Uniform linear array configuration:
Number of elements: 16
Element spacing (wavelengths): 0.75
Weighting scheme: binomial
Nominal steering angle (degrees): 60
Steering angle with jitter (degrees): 58.237
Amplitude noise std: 0.05
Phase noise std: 0.05

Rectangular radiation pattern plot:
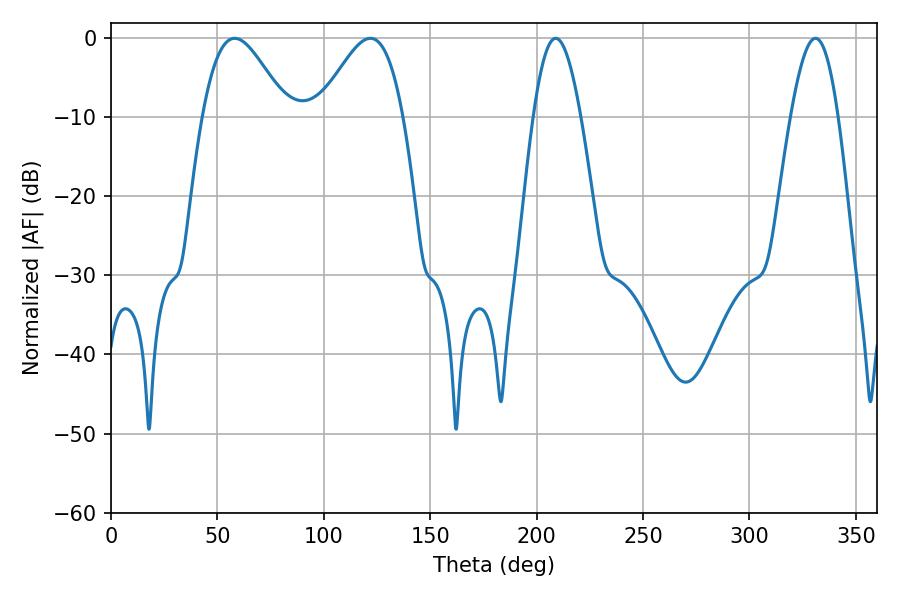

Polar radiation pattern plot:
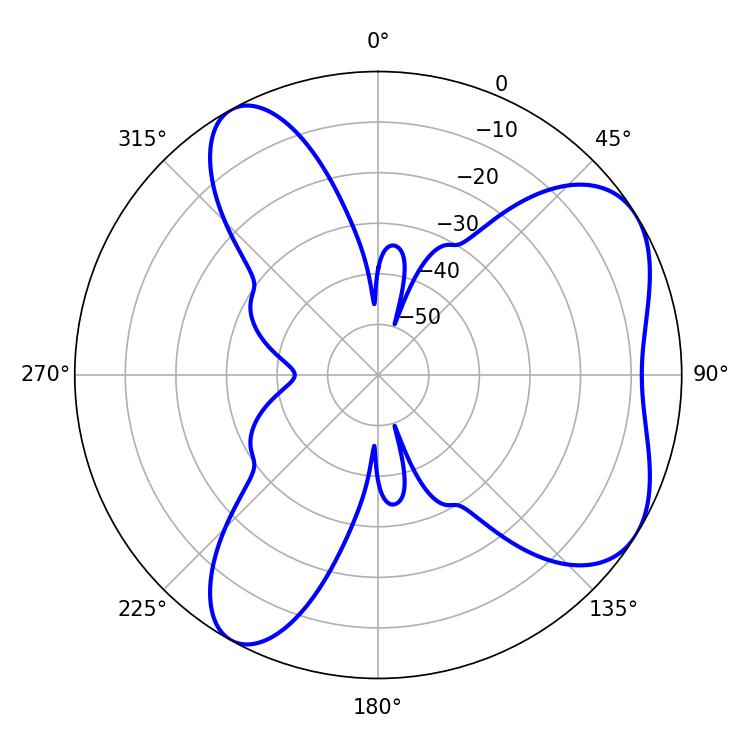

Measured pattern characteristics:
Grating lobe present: TRUE
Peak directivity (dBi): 5.93
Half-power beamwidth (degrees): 12.06
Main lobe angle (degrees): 208.98